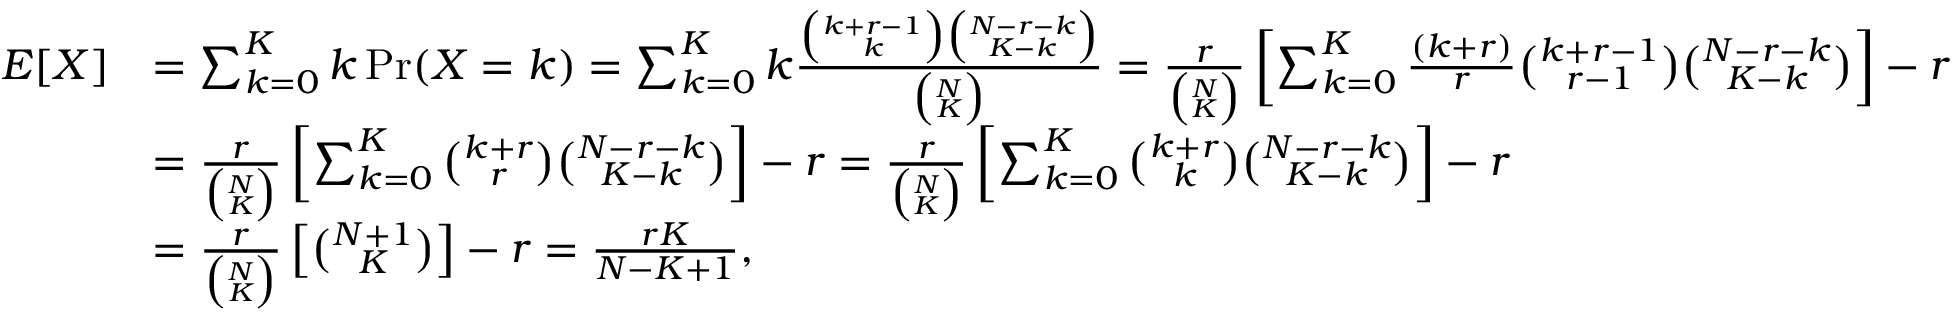
{ \begin{array} { r l } { E [ X ] } & { = \sum _ { k = 0 } ^ { K } k \operatorname* { P r } ( X = k ) = \sum _ { k = 0 } ^ { K } k { \frac { { \binom { k + r - 1 } { k } } { \binom { N - r - k } { K - k } } } { \binom { N } { K } } } = { \frac { r } { \binom { N } { K } } } \left[ \sum _ { k = 0 } ^ { K } { \frac { ( k + r ) } { r } } { \binom { k + r - 1 } { r - 1 } } { \binom { N - r - k } { K - k } } \right] - r } \\ & { = { \frac { r } { \binom { N } { K } } } \left[ \sum _ { k = 0 } ^ { K } { \binom { k + r } { r } } { \binom { N - r - k } { K - k } } \right] - r = { \frac { r } { \binom { N } { K } } } \left[ \sum _ { k = 0 } ^ { K } { \binom { k + r } { k } } { \binom { N - r - k } { K - k } } \right] - r } \\ & { = { \frac { r } { \binom { N } { K } } } \left[ { \binom { N + 1 } { K } } \right] - r = { \frac { r K } { N - K + 1 } } , } \end{array} }